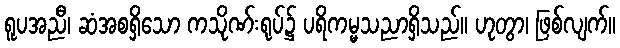
ရူပအညီ၊ ဆံအစရှိသော ကသိုဏ်းရုပ်၌ ပရိကမ္မသညာရှိသည်။ ဟုတွာ၊ ဖြစ်လျက်။